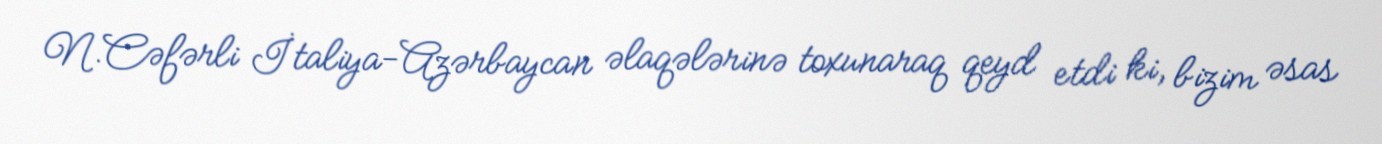
N.Cəfərli İtaliya-Azərbaycan əlaqələrinə toxunaraq qeyd etdi ki, bizim əsas